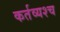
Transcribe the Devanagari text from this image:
कर्तव्यश्च